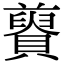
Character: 𧸋